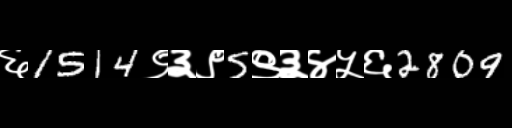
Text: ६1514९३९5९३४५६2809